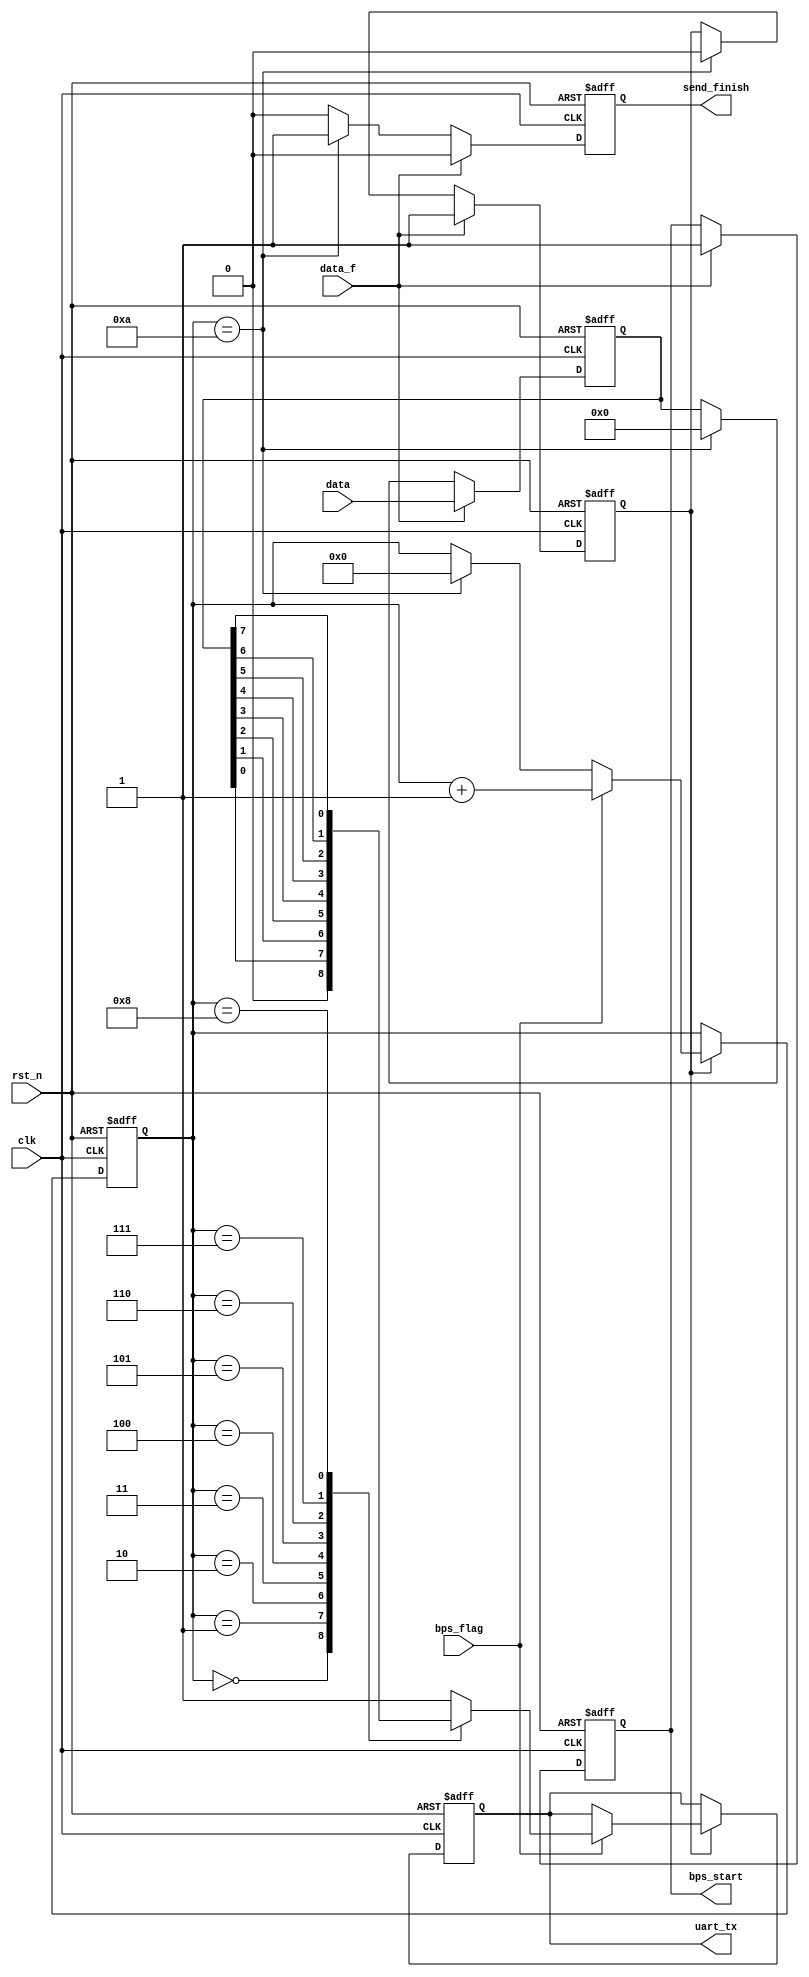
// COMMIT: modbus
// DSC:
// 	

module mbUartT(
    input clk,
    input rst_n,

    // mbUartB
    output bps_start,//
    input bps_flag, //

    // txcea
    input [7:0] data,//
    input       data_f,//
    output      send_finish,

    // modbus
    output uart_tx
);

//*****************************    *****************************
// * <data><data_f>
// *  <send_finish>
//**********************************************************************

reg[7:0] tx_data;//
reg bps_start_r;//bps
reg tx_en;//
reg[3:0] num;
reg send_finish_r;//

always @ (posedge clk or negedge rst_n)
	if(!rst_n) begin
		bps_start_r <= 1'bz;
		tx_en <= 1'b0;
		tx_data <= 8'b0;
		send_finish_r <= 0;
	end	
	else if(data_f) begin 
		bps_start_r <= 1'b1;
		tx_en <= 1'b1;
		tx_data <= data;
		send_finish_r <= 0;
	end
	else if(num == 4'd10) begin //
        // 
		//bps_start_r <= 1'b0; 
		tx_en <= 1'b0;
		tx_data <= 8'b0;
		send_finish_r <= 1'b1;
	end
    else if(send_finish_r == 1'b1)
        send_finish_r <= 0; // 
	else begin
		bps_start_r <= bps_start_r;
		tx_en <= tx_en;
		tx_data <= tx_data;
		send_finish_r <= 0;
	end
		 
assign bps_start = bps_start_r;
assign send_finish = send_finish_r;

reg uart_tx_r;
always @ (posedge clk or negedge rst_n)
	if(!rst_n) begin
		num <= 4'd0;
		uart_tx_r <= 1'b1;
	end
	else if(tx_en) begin
		if(bps_flag) begin
			num <= num + 1'b1;
			case (num)
				4'd0: uart_tx_r <= 1'b0; //
				4'd1: uart_tx_r <= tx_data[0];
				4'd2: uart_tx_r <= tx_data[1];
				4'd3: uart_tx_r <= tx_data[2];
				4'd4: uart_tx_r <= tx_data[3];
				4'd5: uart_tx_r <= tx_data[4];
				4'd6: uart_tx_r <= tx_data[5];
				4'd7: uart_tx_r <= tx_data[6];
				4'd8: uart_tx_r <= tx_data[7];
				4'd9: uart_tx_r <= 1'b1; //
				default: uart_tx_r <= 1'b1;
			endcase
		end
		else if(num == 4'd10)
			num <= 0;
	end
	
assign uart_tx = uart_tx_r;

endmodule